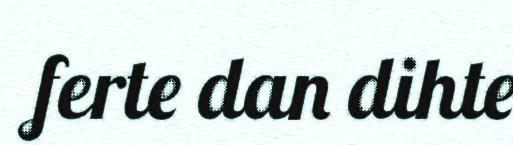
ferte dan dihte